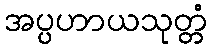
အပ္ပဟာယသုတ္တံ